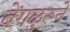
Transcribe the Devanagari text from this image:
बेंगळुरूने